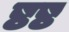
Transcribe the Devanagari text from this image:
ष्ठष्ठ